Report of the Municipal Commissioner on the plague in Bombay for the year ending 31st May... - Volume 2
Disease focus: Plague
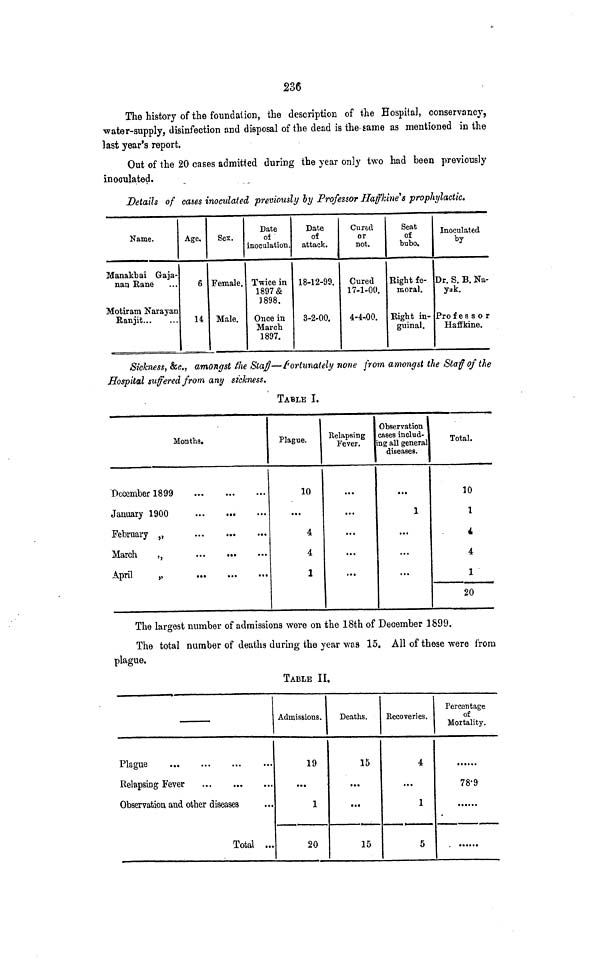
236
The history of the foundaiion, the description of the Hospital, conservancy,
water-supply, disinfection and disposal of the dead is the- same as mentioned in the
last year's report.
Out of the 20 cases admitted during the year only two had been previously
inoculated.
Details of cases inoculated previously by Professor Haffkine's prophylactic*
Name.
Manakbai G-aja-
nan Bane
Motiram Narayan
Eanjit
Age.
6
14
Sex.
Female.
Male.
Date
of '
inoculation.
Twice in
1897&
3898.
Once in
March
1897.
Date
of
attack.
18-12-99.
3-2-00.
Cured
or
not.
Cured
17-1-00.
4-4,00.
Seat
of
bubo.
Right fe-
moral.
Eight in-
guinal.
Inoculated
by
Dr. S. B. Na-
yak.
Pro f e s s o r
Haffkine.
Sickness, &c., amongst the Staff—fortunately none from amongst the Staff of the
Hospital suffered from any sickness*
TABLE I.
Months.
December 1899
January 1900
February ,,
March
,,
April
„
...
...
...
Plague.
10
...
4
4
1
Relapsing
Fever.
...
...
...
...
...
Observation
eases includ-
ing all general
diseases.
...
1
...
...
» • *
Total.
10
1
i
4
1
20
The largest number of admissions were on the 18th of December 1899.
The total number of deaths during the year was 15. All of these were from
plague.
TABLE II.
Plague
Relapsing Fever
Observation and other diseases
Total ...
Admissions.
19
1
20
Deaths.
15
...
• ••
15
Recoveries.
4
...
1
5
Percentage
of
Mortality.
78'9